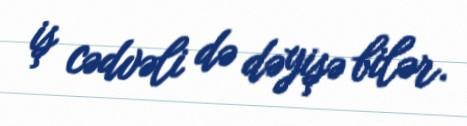
iş cədvəli də dəyişə bilər.